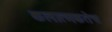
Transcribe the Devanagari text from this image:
कलात्मकतेच